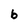
Character: b